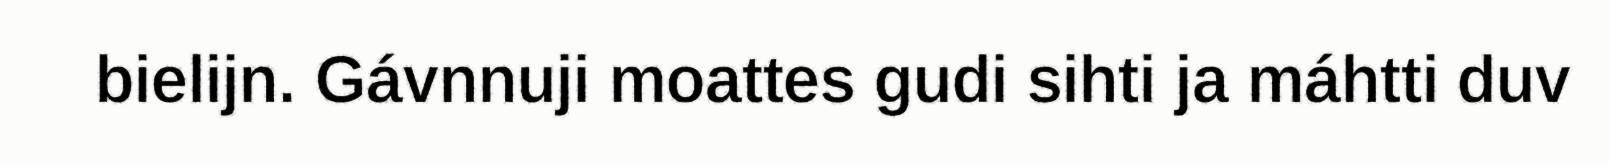
bielijn. Gávnnuji moattes gudi sihti ja máhtti duv